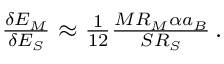
\begin{array} { r } { \frac { \delta E _ { M } } { \delta E _ { S } } \approx \frac { 1 } { 1 2 } \frac { M R _ { M } \alpha a _ { B } } { S R _ { S } } \, . } \end{array}